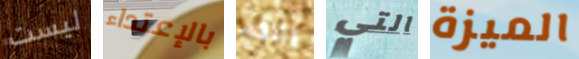
ليست بالإعتداء اللقاء التي الميزة